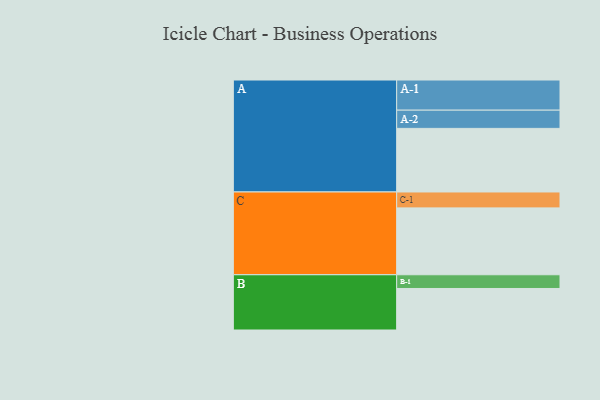
{"axis": {"x": "Segment", "y": "Value"}, "legend": ["", "A", "B", "C"], "data": [{"x": "A", "y": 464, "type": ""}, {"x": "B", "y": 303, "type": ""}, {"x": "C", "y": 488, "type": ""}, {"x": "A-1", "y": 220, "type": "A"}, {"x": "A-2", "y": 133, "type": "A"}, {"x": "B-1", "y": 100, "type": "B"}, {"x": "C-1", "y": 116, "type": "C"}]}